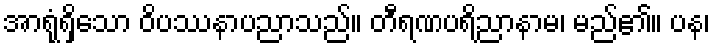
အာရုံရှိသော ဝိပဿနာပညာသည်။ တီရဏပရိညာနာမ၊ မည်၏။ ပန၊